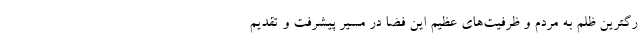
رگترین ظلم به مردم و ظرفیت‌های عظیم این فضا در مسیر پیشرفت و تقدیم